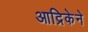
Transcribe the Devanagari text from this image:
आद्रिकेने